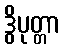
ဒွိပုတ္တာ